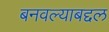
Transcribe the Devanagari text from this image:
बनवल्याबद्दल